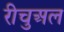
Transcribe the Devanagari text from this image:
रीचुअल